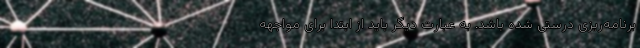
برنامه‌ریزی درستی شده باشد. به عبارت دیگر باید از ابتدا برای مواجهه